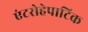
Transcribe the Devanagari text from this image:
एंटरोहेपाटिक